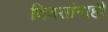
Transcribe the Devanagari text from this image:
दिवसांनाही